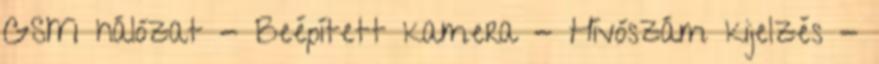
GSM hálózat - Beépített kamera - Hívószám kijelzés -